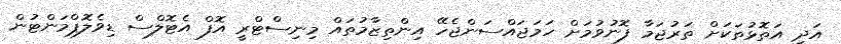
އަދި އަތޮޅުތަކަށް ތަރުޖަމާ ފޮނުވުމަށް ހަމަޖައްސަންޖެހޭ އިންތިޒާމުތައް މިނިސްޓްރީ އޮފް އެޓޮލްސް ޑިވެލޮޕްމަންޓުން